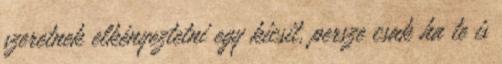
szeretnek elkényeztetni egy kicsit, persze csak ha te is